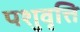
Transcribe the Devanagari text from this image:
पशुवृत्ति